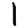
Digit: 1